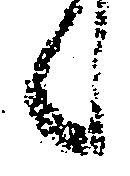
之